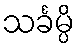
သင်္ခမ္ပိ